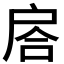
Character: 𢩅